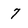
Character: 7